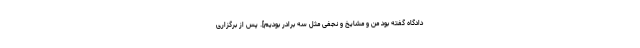
دادگاه گفته بود من و مشایخ و نجفی مثل سه برادر بودیم]. پس از برگزاری